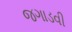
જગાડવી